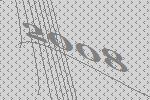
2008